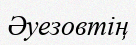
Әуезовтің